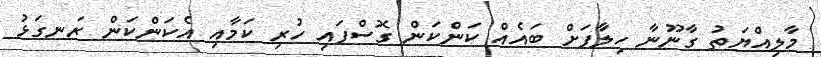
މާލިއްޔަތު ގާނޫނާ ހިލާފަށް ބައެއް ކަންކަން ގޮސްފައި ހުރި ކަމާއި އެކަންކަން ރަނގަޅު